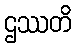
ဌဿတိ